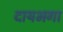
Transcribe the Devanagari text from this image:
दायभगा